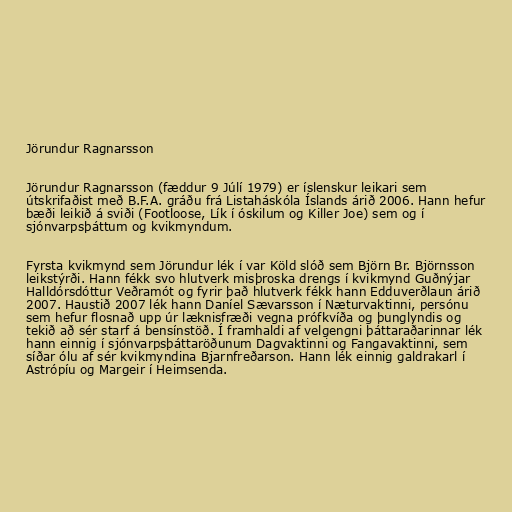
Jörundur Ragnarsson

Jörundur Ragnarsson (fæddur 9 Júlí 1979) er íslenskur leikari sem
útskrifaðist með B.F.A. gráðu frá Listaháskóla Íslands árið 2006. Hann hefur
bæði leikið á sviði (Footloose, Lík í óskilum og Killer Joe) sem og í
sjónvarpsþáttum og kvikmyndum.

Fyrsta kvikmynd sem Jörundur lék í var Köld slóð sem Björn Br. Björnsson
leikstýrði. Hann fékk svo hlutverk misþroska drengs í kvikmynd Guðnýjar
Halldórsdóttur Veðramót og fyrir það hlutverk fékk hann Edduverðlaun árið
2007. Haustið 2007 lék hann Daníel Sævarsson í Næturvaktinni, persónu
sem hefur flosnað upp úr læknisfræði vegna prófkvíða og þunglyndis og
tekið að sér starf á bensínstöð. Í framhaldi af velgengni þáttaraðarinnar lék
hann einnig í sjónvarpsþáttaröðunum Dagvaktinni og Fangavaktinni, sem
síðar ólu af sér kvikmyndina Bjarnfreðarson. Hann lék einnig galdrakarl í
Astrópíu og Margeir í Heimsenda.